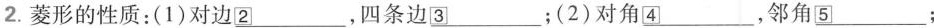
2.菱形的性质：(1)对边\underline{2} ，四条边\underline{3} ；(2)对角\underline{4} ，邻角\underline{5} ；